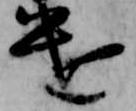
遣